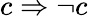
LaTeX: c\Rightarrow\neg c